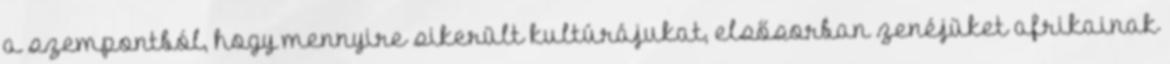
a szempontból, hogy mennyire sikerült kultúrájukat, elsősorban zenéjüket afrikainak